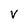
Character: V